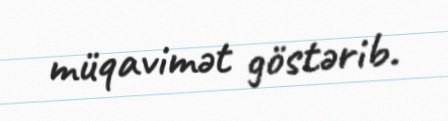
müqavimət göstərib.